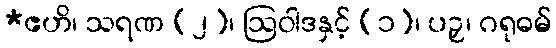
*ဧဟိ၊ သရဏ (၂)၊ ဩဝါဒနှင့် (၁)၊ ပဉှ၊ ဂရုဓမ်